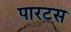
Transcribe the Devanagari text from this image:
पारटस